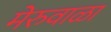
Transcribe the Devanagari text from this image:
मेरुवाळा